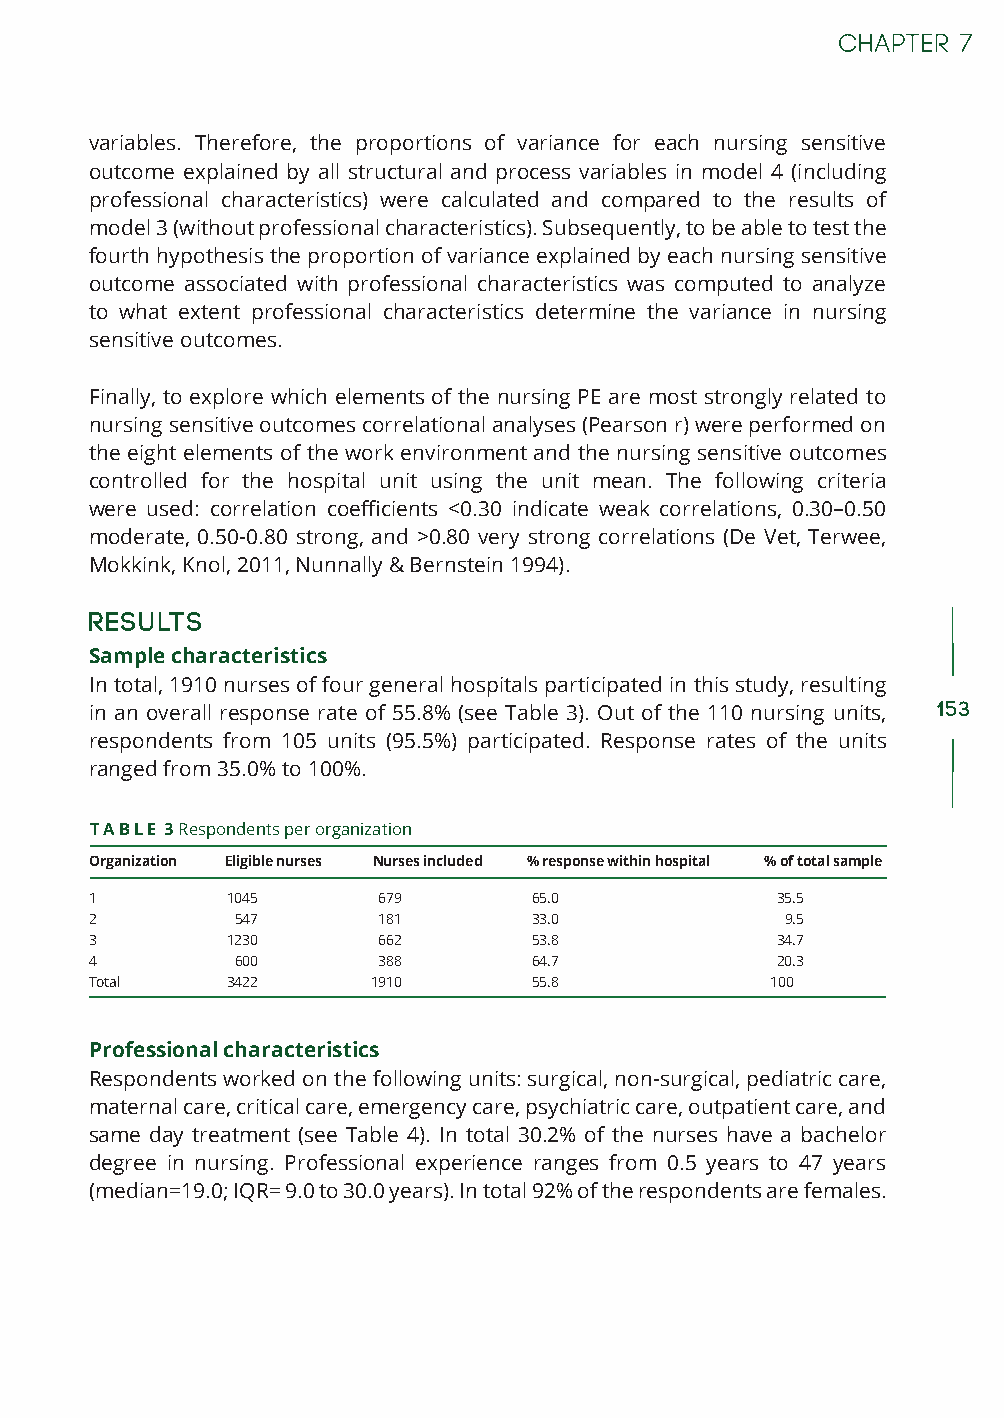
variables. Therefore, the proportions of variance for each nursing sensitive
 outcome explained by all structural and process variables in model 4 (including
 professional characteristics) were calculated and compared to the results of
 model 3 (without professional characteristics). Subsequently, to be able to test the
 fourth hypothesis the proportion of variance explained by each nursing sensitive
 outcome associated with professional characteristics was computed to analyze
 to what extent professional characteristics determine the variance in nursing
 sensitive outcomes.
 Finally, to explore which elements of the nursing PE are most strongly related to
 nursing sensitive outcomes correlational analyses (Pearson r) were performed on
 the eight elements of the work environment and the nursing sensitive outcomes
 controlled for the hospital unit using the unit mean. The following criteria
 were used: correlation coefficients <0.30 indicate weak correlations, 0.30–0.50
 moderate, 0.50-0.80 strong, and >0.80 very strong correlations (De Vet, Terwee,
 Mokkink, Knol, 2011, Nunnally & Bernstein 1994).
 Results
 Sample characteristics
 In total, 1910 nurses of four general hospitals participated in this study, resulting
 in an overall response rate of 55.8% (see Table 3). Out of the 110 nursing units, 153
 respondents from 105 units (95.5%) participated. Response rates of the units
 ranged from 35.0% to 100%.
 T A B L E 3 Respondents per organization
 Organization Eligible nurses Nurses included % response within hospital % of total sample
 1        1045      679       65.0            35.5
 2         547      181       33.0             9.5
 3        1230      662       53.8            34.7
 4         600      388       64.7            20.3
 Total    3422      1910      55.8            100
 Professional characteristics
 Respondents worked on the following units: surgical, non-surgical, pediatric care,
 maternal care, critical care, emergency care, psychiatric care, outpatient care, and
 same day treatment (see Table 4). In total 30.2% of the nurses have a bachelor
 degree in nursing. Professional experience ranges from 0.5 years to 47 years
 (median=19.0; IQR= 9.0 to 30.0 years). In total 92% of the respondents are females.